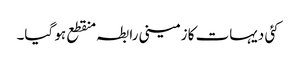
کئی دیہات کا زمینی رابطہ منقطع ہو گیا۔